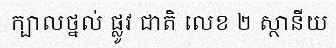
ក្បាលថ្នល់ ផ្លូវ ជាតិ លេខ ២ ស្ថានីយ